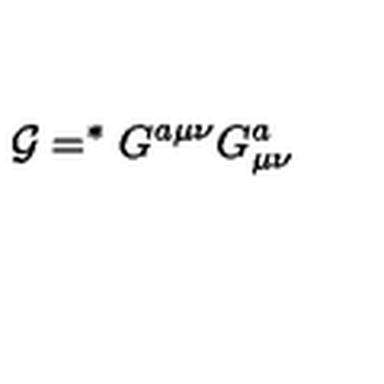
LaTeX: { \cal G } = ^ { \ast } G ^ { a \mu \nu } G _ { \mu \nu } ^ { a }